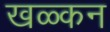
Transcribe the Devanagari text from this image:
खळ्कन